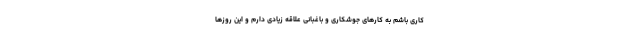
کاری باشم به کارهای جوشکاری و باغبانی علاقه زیادی دارم و این روزها